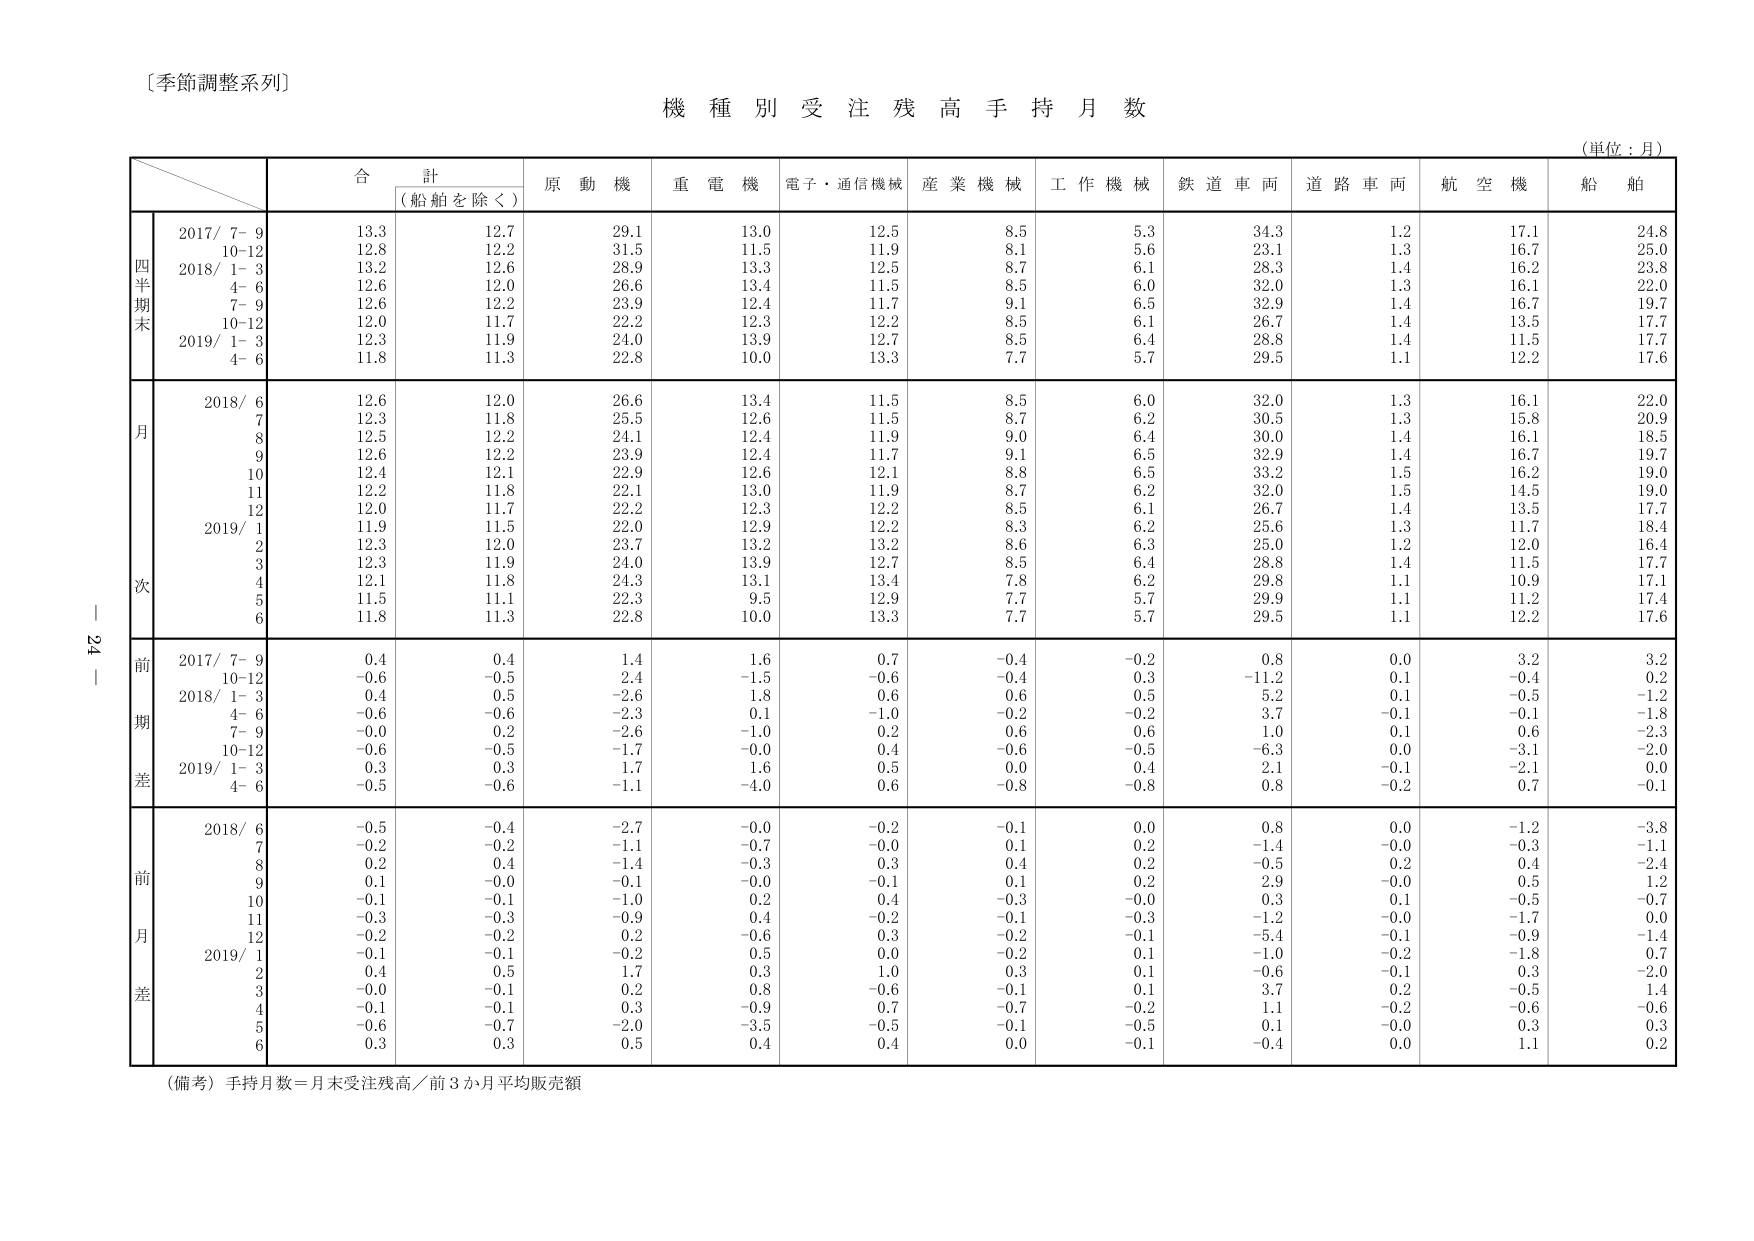
〔季節調整系列〕
機 種 別 受 注 残 高 手 持 月 数
（単位：月）
合 計
（船舶を除く）
原 動 機
重 電 機
電子・通信機械
産 業 機 械
工 作 機 械
鉄 道 車 両
道 路 車 両
航 空 機
船 舶
四半期末
2017/ 7- 9
13.3
12.7
29.1
13.0
12.5
8.5
5.3
34.3
1.2
17.1
24.8
10-12
12.8
12.2
31.5
11.5
11.9
8.1
5.6
23.1
1.3
16.7
25.0
2018/ 1- 3
13.2
12.6
28.9
13.3
12.5
8.7
6.1
28.3
1.4
16.2
23.8
4- 6
12.6
12.0
26.6
13.4
11.5
8.5
6.0
32.0
1.3
16.1
22.0
7- 9
12.6
12.2
23.9
12.4
11.7
9.1
6.5
32.9
1.4
16.7
19.7
10-12
12.0
11.7
22.2
12.3
12.2
8.5
6.1
26.7
1.4
13.5
17.7
2019/ 1- 3
12.3
11.9
24.0
13.9
12.7
8.5
6.4
28.8
1.4
11.5
17.7
4- 6
11.8
11.3
22.8
10.0
13.3
7.7
5.7
29.5
1.1
12.2
17.6
月次
2018/ 6
12.6
12.0
26.6
13.4
11.5
8.5
6.0
32.0
1.3
16.1
22.0
7
12.3
11.8
25.5
12.6
11.5
8.7
6.2
30.5
1.3
15.8
20.9
8
12.5
12.2
24.1
12.4
11.9
9.0
6.4
30.0
1.4
16.1
18.5
9
12.6
12.2
23.9
12.4
11.7
9.1
6.5
32.9
1.4
16.7
19.7
10
12.4
12.1
22.9
12.6
12.1
8.8
6.5
33.2
1.5
16.2
19.0
11
12.2
11.8
22.1
13.0
11.9
8.7
6.2
32.0
1.5
14.5
19.0
12
12.0
11.7
22.2
12.3
12.2
8.5
6.1
26.7
1.4
13.5
17.7
2019/ 1
11.9
11.5
22.0
12.9
12.2
8.3
6.2
25.6
1.3
11.7
18.4
2
12.3
12.0
23.7
13.2
13.2
8.6
6.3
25.0
1.2
12.0
16.4
3
12.3
11.9
24.0
13.9
12.7
8.5
6.4
28.8
1.4
11.5
17.7
4
12.1
11.8
24.3
13.1
13.4
7.8
6.2
29.8
1.1
10.9
17.1
5
11.5
11.1
22.3
9.5
12.9
7.7
5.7
29.9
1.1
11.2
17.4
6
11.8
11.3
22.8
10.0
13.3
7.7
5.7
29.5
1.1
12.2
17.6
前期差
2017/ 7- 9
0.4
0.4
1.4
1.6
0.7
-0.4
-0.2
0.8
0.0
3.2
3.2
10-12
-0.6
-0.5
2.4
-1.5
-0.6
-0.4
0.3
-11.2
0.1
-0.4
0.2
2018/ 1- 3
0.4
0.5
-2.6
1.8
0.6
0.6
0.5
5.2
0.1
-0.5
-1.2
4- 6
-0.6
-0.6
-2.3
0.1
-1.0
-0.2
-0.2
3.7
-0.1
-0.1
-1.8
7- 9
-0.0
0.2
-2.6
-1.0
0.2
0.6
0.6
1.0
0.1
0.6
-2.3
10-12
-0.6
-0.5
-1.7
-0.0
0.4
-0.6
-0.5
-6.3
0.0
-3.1
-2.0
2019/ 1- 3
0.3
0.3
1.7
1.6
0.5
0.0
0.4
2.1
-0.1
-2.1
0.0
4- 6
-0.5
-0.6
-1.1
-4.0
0.6
-0.8
-0.8
0.8
-0.2
0.7
-0.1
前月差
2018/ 6
-0.5
-0.4
-2.7
-0.0
-0.2
-0.1
0.0
0.8
0.0
-1.2
-3.8
7
-0.2
-0.2
-1.1
-0.7
-0.0
0.1
0.2
-1.4
-0.0
-0.3
-1.1
8
0.2
0.4
-1.4
-0.3
0.3
0.4
0.2
-0.5
0.2
0.4
-2.4
9
0.1
-0.0
-0.1
-0.0
-0.1
0.1
0.2
2.9
-0.0
0.5
1.2
10
-0.1
-0.1
-1.0
0.2
0.4
-0.3
-0.0
0.3
0.1
-0.5
-0.7
11
-0.3
-0.3
-0.9
0.4
-0.2
-0.1
-0.3
-1.2
-0.0
-1.7
0.0
12
-0.2
-0.2
0.2
-0.6
0.3
-0.2
-0.1
-5.4
-0.1
-0.9
-1.4
2019/ 1
-0.1
-0.1
-0.2
0.5
0.0
-0.2
0.1
-1.0
-0.2
-1.8
0.7
2
0.4
0.5
1.7
0.3
1.0
0.3
0.1
-0.6
-0.1
0.3
-2.0
3
-0.0
-0.1
0.2
0.8
-0.6
-0.1
0.1
3.7
0.2
-0.5
1.4
4
-0.1
-0.1
0.3
-0.9
0.7
-0.7
-0.2
1.1
-0.2
-0.6
-0.6
5
-0.6
-0.7
-2.0
-3.5
-0.5
-0.1
-0.5
0.1
-0.0
0.3
0.3
6
0.3
0.3
0.5
0.4
0.4
0.0
-0.1
-0.4
0.0
1.1
0.2
（備考）手持月数＝月末受注残高／前3か月平均販売額